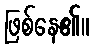
ဖြစ်နေ၏။